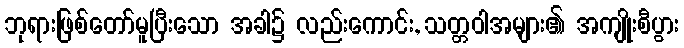
ဘုရားဖြစ်တော်မူပြီးသော အခါ၌ လည်းကောင်း, သတ္တဝါအများ၏ အကျိုးစီပွား